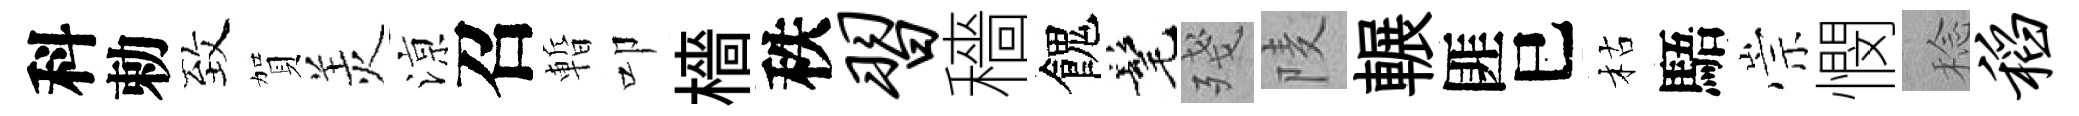
科勅致賀羙鿌召暫叩檣秩习穡餽髦殘𨹧輾匪巳枯䮏崇憫稔稻